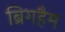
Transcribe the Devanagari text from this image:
ब्रिगहैम